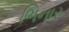
ભિનાર